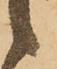
候